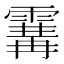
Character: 𩄢